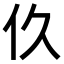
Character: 𬽧